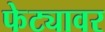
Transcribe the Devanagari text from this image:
फेट्यावर